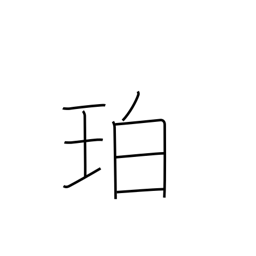
Meaning: amber